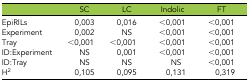
<table><thead><tr><td></td><td><b>SC</b></td><td><b>LC</b></td><td><b>Indolic</b></td><td><b>FT</b></td></tr></thead><tbody><tr><td>EpiRILs</td><td>0,003</td><td>0,016</td><td>&lt;0,001</td><td>&lt;0,001</td></tr><tr><td>Experiment</td><td>0,002</td><td>NS</td><td>&lt;0,001</td><td>&lt;0,001</td></tr><tr><td>Tray</td><td>&lt;0,001</td><td>&lt;0,001</td><td>&lt;0,001</td><td>&lt;0,001</td></tr><tr><td>ID:Experiment</td><td>NS</td><td>0,001</td><td>&lt;0,001</td><td>&lt;0,001</td></tr><tr><td>ID:Tray</td><td>NS</td><td>NS</td><td>NS</td><td>&lt;0,001</td></tr><tr><td>H<sup>2</sup></td><td>0,105</td><td>0,095</td><td>0,131</td><td>0,319</td></tr></tbody></table>